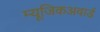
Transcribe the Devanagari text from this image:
म्यूजिकअवार्ड